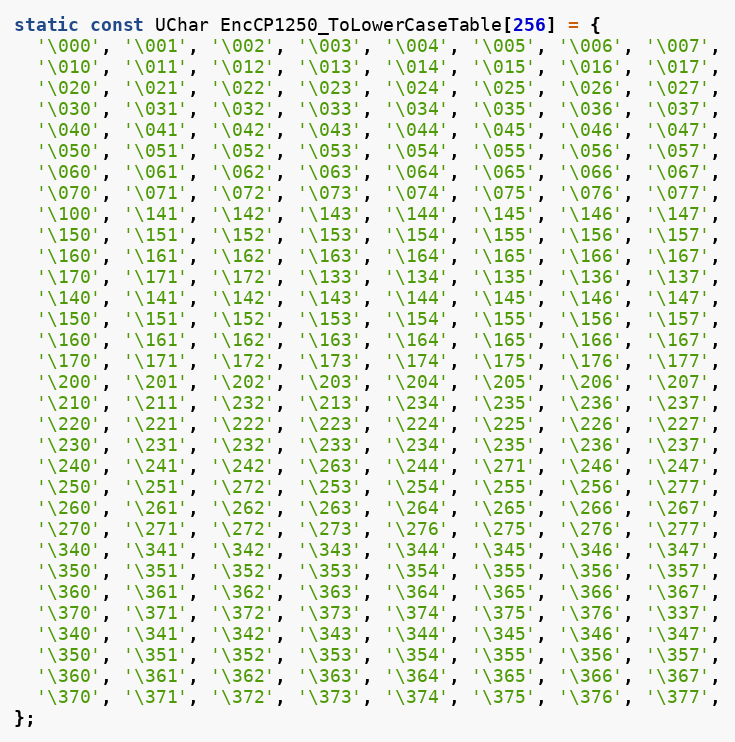
Language: C
static const UChar EncCP1250_ToLowerCaseTable[256] = {
  '\000', '\001', '\002', '\003', '\004', '\005', '\006', '\007',
  '\010', '\011', '\012', '\013', '\014', '\015', '\016', '\017',
  '\020', '\021', '\022', '\023', '\024', '\025', '\026', '\027',
  '\030', '\031', '\032', '\033', '\034', '\035', '\036', '\037',
  '\040', '\041', '\042', '\043', '\044', '\045', '\046', '\047',
  '\050', '\051', '\052', '\053', '\054', '\055', '\056', '\057',
  '\060', '\061', '\062', '\063', '\064', '\065', '\066', '\067',
  '\070', '\071', '\072', '\073', '\074', '\075', '\076', '\077',
  '\100', '\141', '\142', '\143', '\144', '\145', '\146', '\147',
  '\150', '\151', '\152', '\153', '\154', '\155', '\156', '\157',
  '\160', '\161', '\162', '\163', '\164', '\165', '\166', '\167',
  '\170', '\171', '\172', '\133', '\134', '\135', '\136', '\137',
  '\140', '\141', '\142', '\143', '\144', '\145', '\146', '\147',
  '\150', '\151', '\152', '\153', '\154', '\155', '\156', '\157',
  '\160', '\161', '\162', '\163', '\164', '\165', '\166', '\167',
  '\170', '\171', '\172', '\173', '\174', '\175', '\176', '\177',
  '\200', '\201', '\202', '\203', '\204', '\205', '\206', '\207',
  '\210', '\211', '\232', '\213', '\234', '\235', '\236', '\237',
  '\220', '\221', '\222', '\223', '\224', '\225', '\226', '\227',
  '\230', '\231', '\232', '\233', '\234', '\235', '\236', '\237',
  '\240', '\241', '\242', '\263', '\244', '\271', '\246', '\247',
  '\250', '\251', '\272', '\253', '\254', '\255', '\256', '\277',
  '\260', '\261', '\262', '\263', '\264', '\265', '\266', '\267',
  '\270', '\271', '\272', '\273', '\276', '\275', '\276', '\277',
  '\340', '\341', '\342', '\343', '\344', '\345', '\346', '\347',
  '\350', '\351', '\352', '\353', '\354', '\355', '\356', '\357',
  '\360', '\361', '\362', '\363', '\364', '\365', '\366', '\367',
  '\370', '\371', '\372', '\373', '\374', '\375', '\376', '\337',
  '\340', '\341', '\342', '\343', '\344', '\345', '\346', '\347',
  '\350', '\351', '\352', '\353', '\354', '\355', '\356', '\357',
  '\360', '\361', '\362', '\363', '\364', '\365', '\366', '\367',
  '\370', '\371', '\372', '\373', '\374', '\375', '\376', '\377',
};